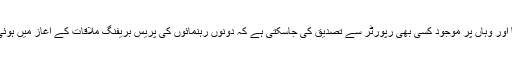
میں اس روز واشنگٹن میں تھا اور وہاں پر موجود کسی بھی رپورٹر سے تصدیق کی جاسکتی ہے کہ دونوں رہنمائوں کی پریس بریفنگ ملاقات کے آغاز میں ہوئی تھی نہ کہ ملاقات کے بعد ۔